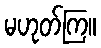
မဟုတ်ကြ။